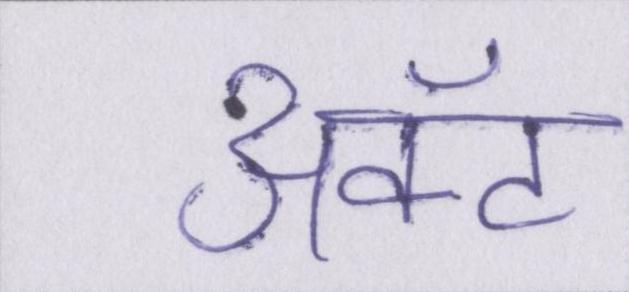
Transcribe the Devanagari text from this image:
ॲक्ट